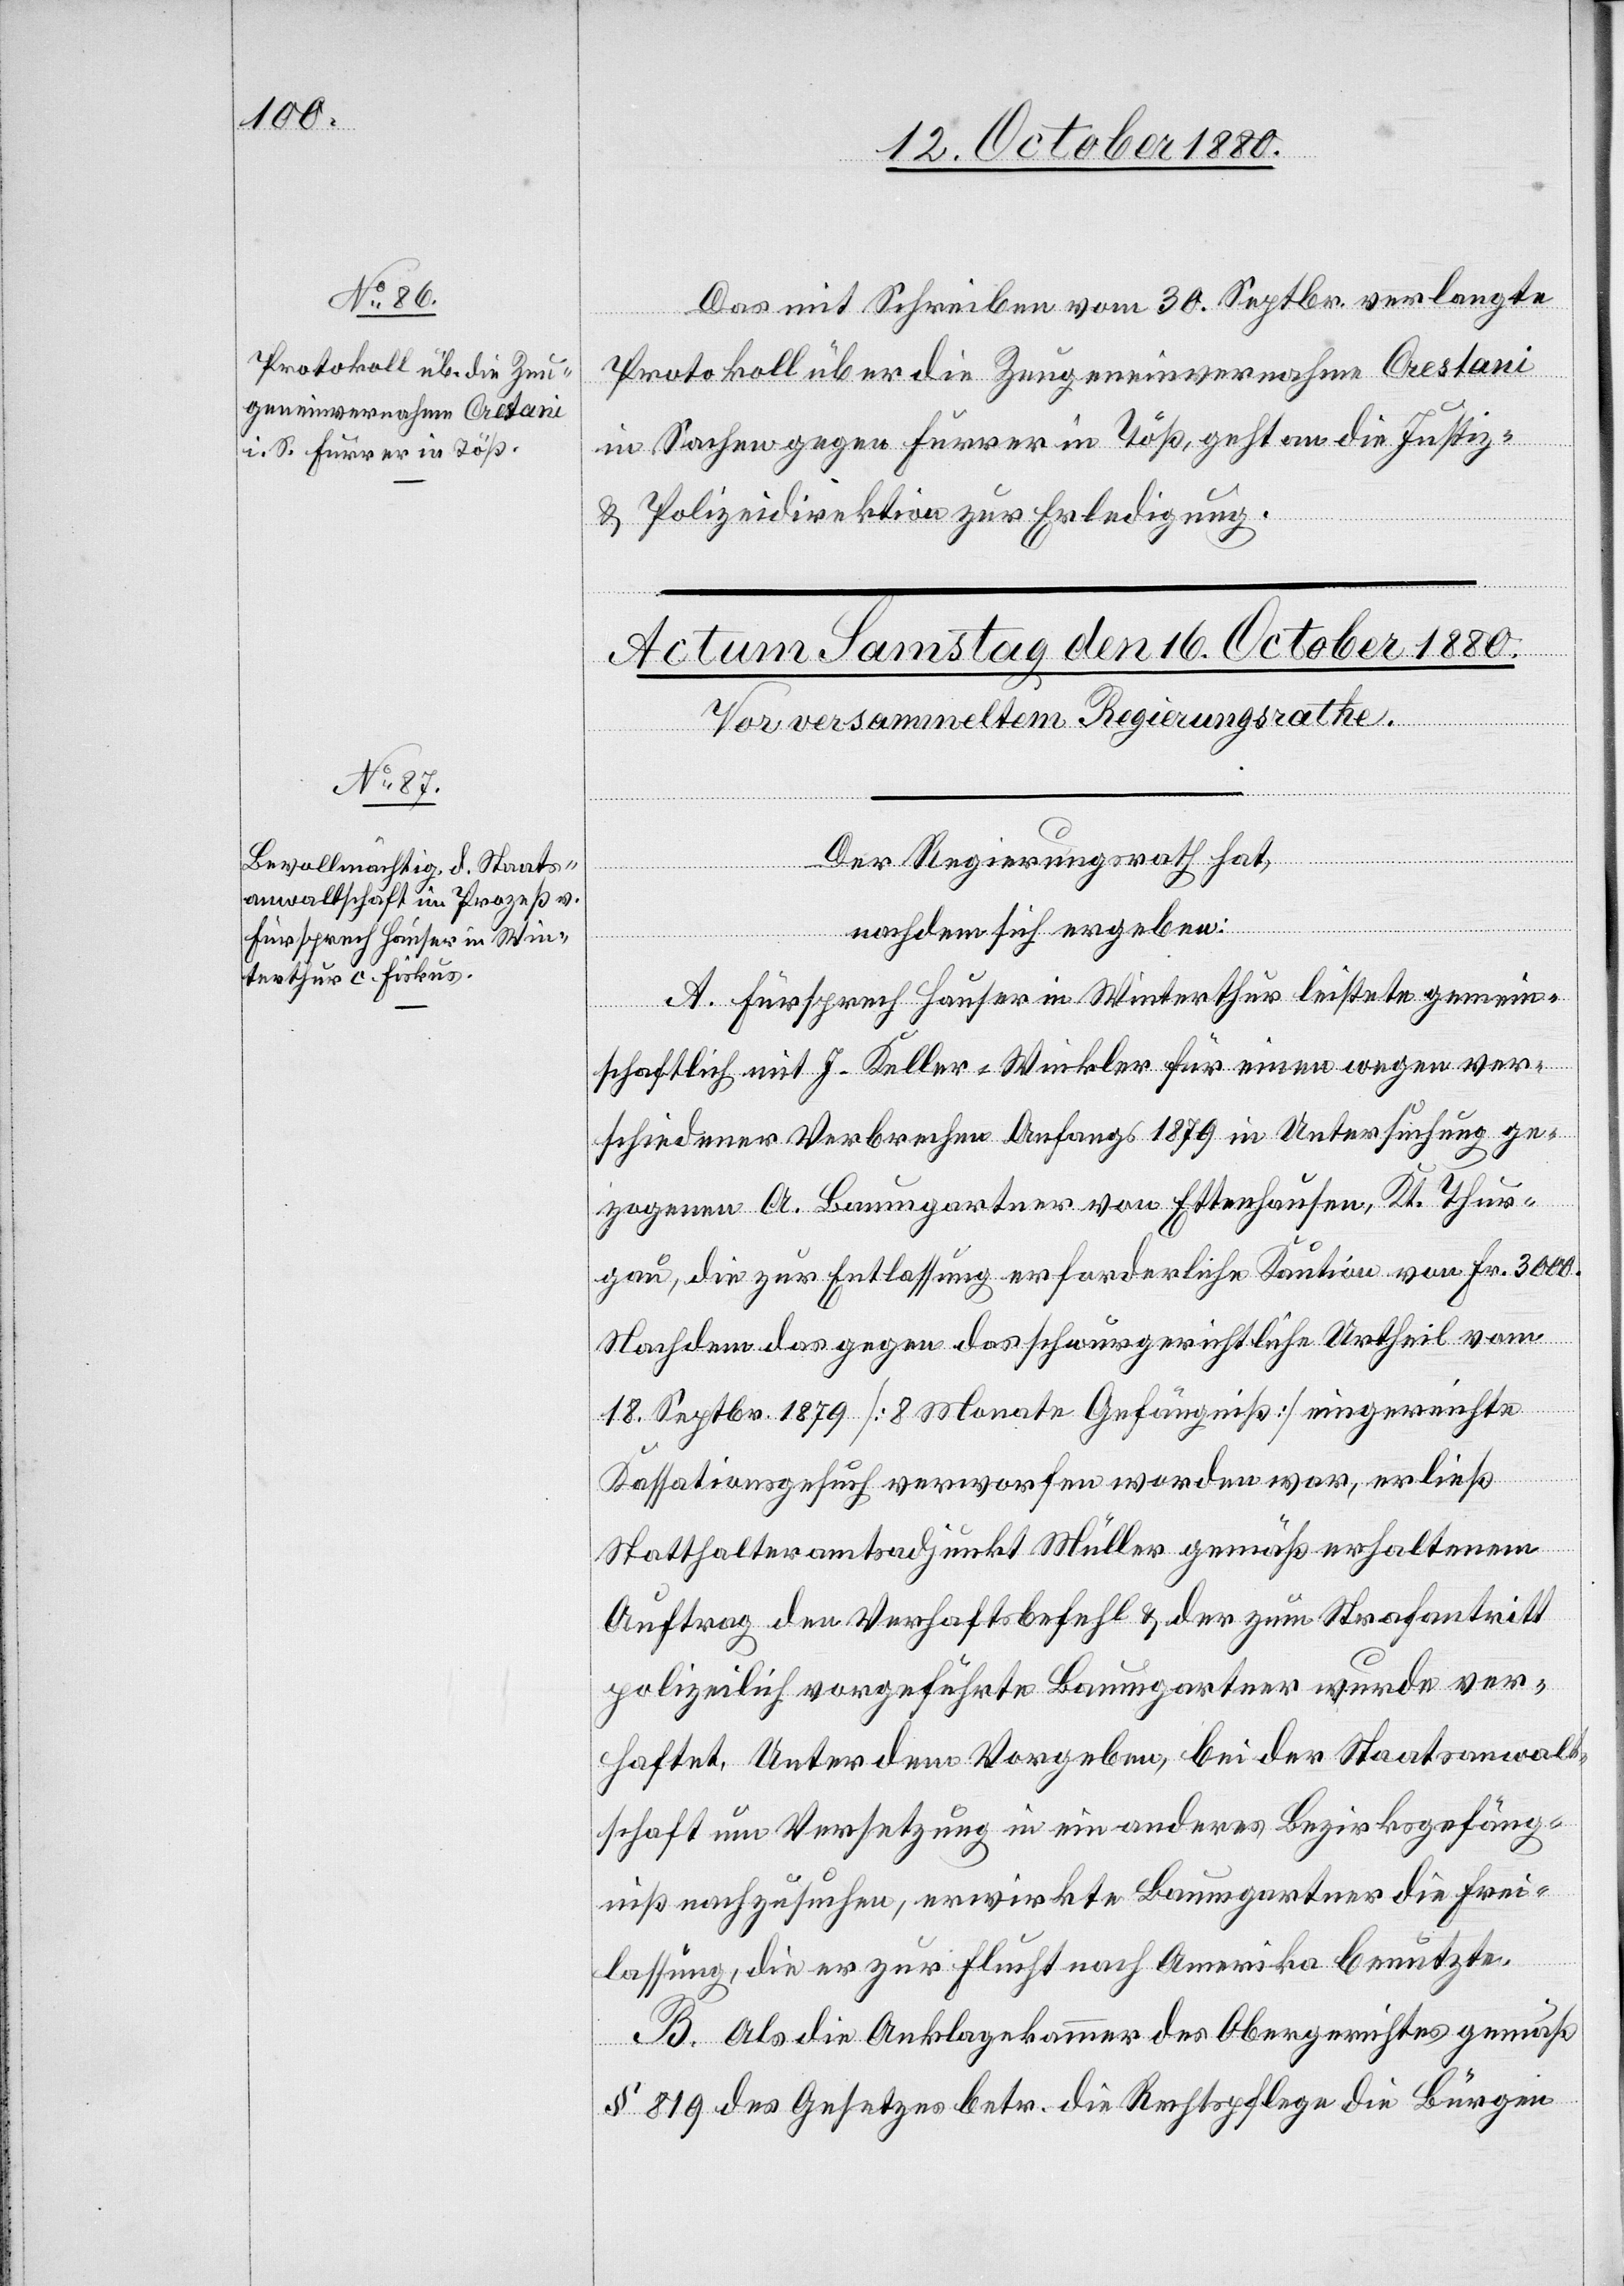
Das mit Schreiben vom 30. Septbr. verlangte
Protokoll über die Zeugeneinvernahme Crestani
in Sachen gegen Furrer in Töß, geht an die Justiz-
& Polizeidirektion zur Erledigung.
Der Regierungsrath hat,
nachdem sich ergeben:
A. Fürsprech Hauser in Winterthur leistete gemein¬
schaftlich mit J. Keller-Winkler für einen wegen ver¬
schiedener Verbrechen Anfangs 1879 in Untersuchung ge¬
zogenen A. Baumgartner von Ettenhausen Kt. Thur¬
gau, die zur Entlassung erforderliche Kaution von Fr. 3000.
Nachdem das gegen das schwurgerichtliche Urtheil vom
18. Septbr. 1879 [8 Monate Gefängniß] eingereichte
Kassationsgesuch verworfen worden war, erließ
Statthalteramtsadjunkt Müller gemäß erhaltenem
Auftrag den Verhaftsbefehl & der zum Strafantritt
polizeilich vorgeführte Baumgartner wurde ver¬
haftet. Unter dem Vorgeben, bei der Staatsanwalt¬
schaft um Versetzung in ein anderes Bezirksgefäng¬
niß nachzusuchen, erwirkte Baumgartner die Frei¬
lassung, die er zur Flucht nach Amerika benutzte.
B. Als die Anklagekammer des Obergerichtes gemäß
§ 819 des Gesetzes betr. die Rechtspflege die Bürgen